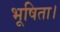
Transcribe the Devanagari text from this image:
भूषिता।